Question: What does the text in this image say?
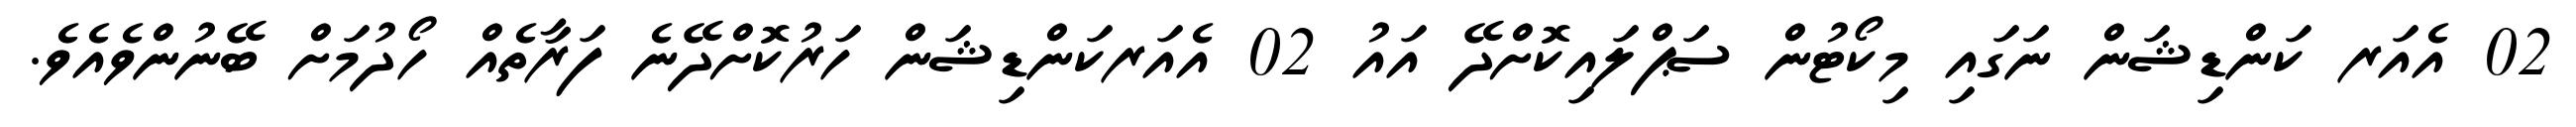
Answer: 02 އެއަރ ކަންޑިޝަން ނަގައި މިކޯޓުން ސަޕްލައިކޮށްދޭ އައު 02 އެއަރކަންޑިޝަން ހަރުކޮށްދޭނެ ފަރާތެއް ހޯދުމަށް ބޭނުންވެއެވެ.